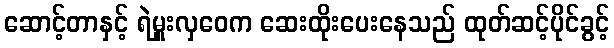
ဆောင့်တာနှင့် ရဲမှူးလှဝေက ဆေးထိုးပေးနေသည် ထုတ်ဆင့်ပိုင်ခွင့်